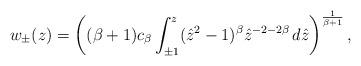
LaTeX: \begin{align*}w_\pm(z)=\left((\beta+1)c_\beta\int_{\pm 1}^z (\hat z^2-1)^{\beta}\hat z^{-2-2\beta}\,d\hat z\right)^{\frac 1 {\beta+1}},\end{align*}